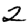
Digit: 2